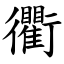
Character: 衢